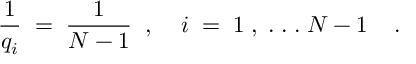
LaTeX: \frac { 1 } { q _ { i } } \; = \; \frac { 1 } { N - 1 } \; \; , \; \; \; \; i \; = \; 1 \; , \; . \; . \; . \; N - 1 \; \; \; \; .